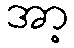
အာ့